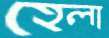
হেলা